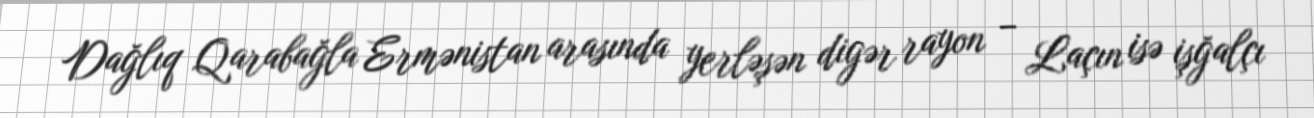
Dağlıq Qarabağla Ermənistan arasında yerləşən digər rayon – Laçın isə işğalçı